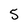
Character: 5